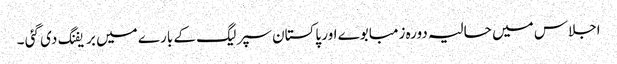
اجلاس میں حالیہ دورہ زمبابوے اور پاکستان سپر لیگ کے بارے میں بریفنگ دی گئی ۔